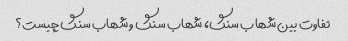
تفاوت بین شهاب سنگ، شهاب سنگ و شهاب سنگ چیست؟